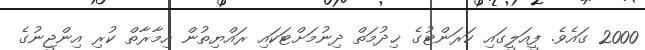
2000 ގައެވެ. ފީއަލީގައި ކަރަންޓުގެ ޚިދުމަތް ދިނުމަށްޓަކައި ރައްޔިތުން އިމާރާތް ކުރި އިންޖީނުގެ